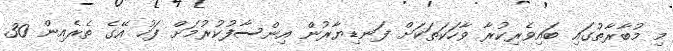
މި މުބާރާތުގައި ބައިވެރިކުރާ ވާހަކަތަކަށް ފަނޑިޔާރުން އިންސާފުކުރުމަށް ފަހު އޭގެ ތެރެއިން 30